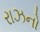
રાઝનો